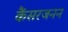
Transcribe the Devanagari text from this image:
कैंसरजनन